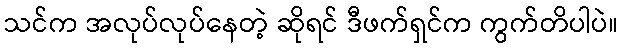
သင်က အလုပ်လုပ်နေတဲ့ ဆိုရင် ဒီဖက်ရှင်က ကွက်တိပါပဲ။